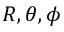
R , \theta , \phi